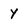
Character: Y